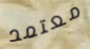
معتمد